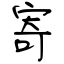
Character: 寄